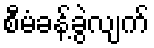
စီမံခန့်ခွဲလျက်